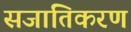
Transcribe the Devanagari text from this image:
सजातिकरण